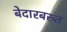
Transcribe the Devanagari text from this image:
बेदारबख्त